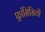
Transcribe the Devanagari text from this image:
फ़्रांसिसियों